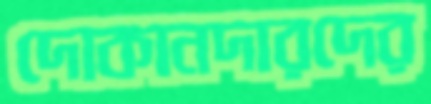
দোকানদারদের